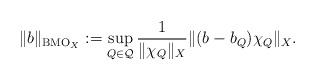
LaTeX: \begin{align*}\| b \|_{{\rm BMO}_X}:=\sup_{Q\in\mathcal{Q}} \frac{1}{\| \chi_Q \|_X} \| (b-b_Q)\chi_Q \|_X .\end{align*}